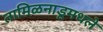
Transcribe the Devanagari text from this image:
तामिळनाडूमधले